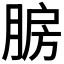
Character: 𰮯